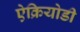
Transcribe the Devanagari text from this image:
ऐक्रियोडी